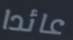
عائدا